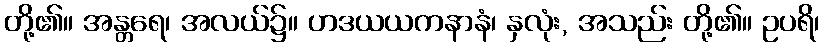
တို့၏။ အန္တရေ၊ အလယ်၌။ ဟဒယယကနာနံ၊ နှလုံး, အသည်း တို့၏။ ဥပရိ၊